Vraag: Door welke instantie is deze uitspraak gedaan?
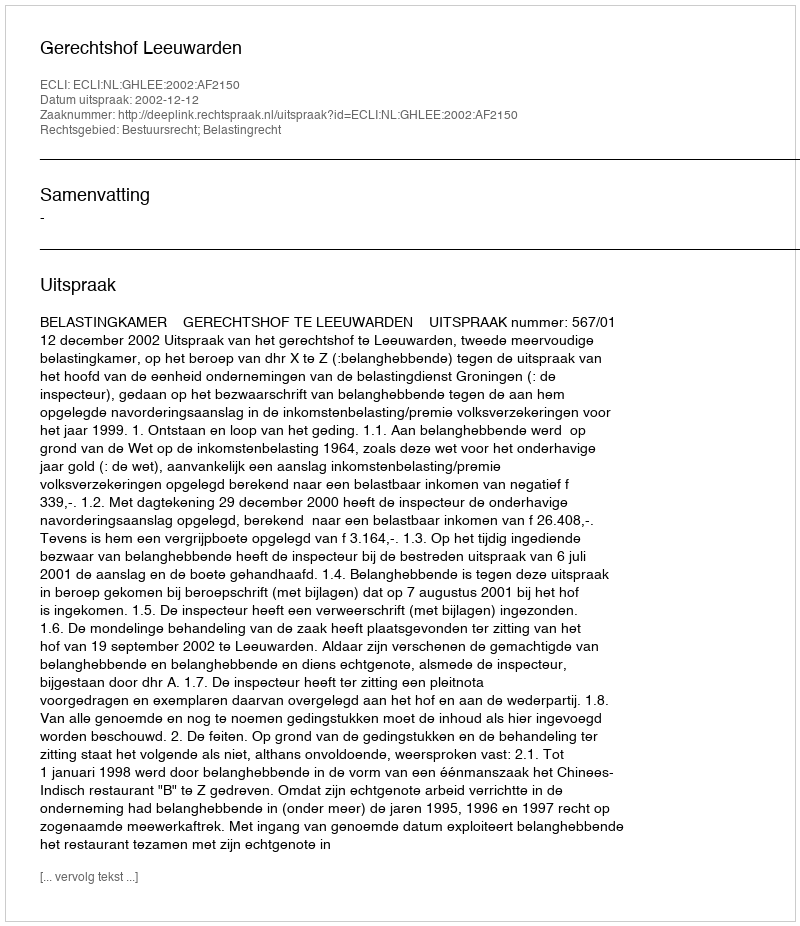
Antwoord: Gerechtshof Leeuwarden